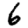
Digit: 6